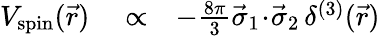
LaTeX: \begin{array}{rlr}{V_{\mathrm{spin}}(\vec{r})}&{{}\propto}&{-\frac{8\pi}{3}\vec{\sigma}_{1}\! \cdot\! \vec{\sigma}_{2}\, \delta^{(3)}(\vec{r})}\end{array}